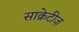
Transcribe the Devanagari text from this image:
साक्रेटीज़